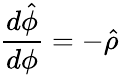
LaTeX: \frac{d\hat{\phi}}{d\phi}=-\hat{\rho}